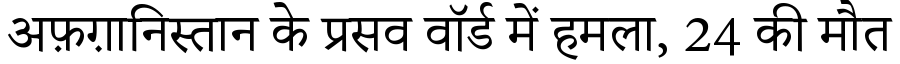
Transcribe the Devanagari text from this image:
अफ़ग़ानिस्तान के प्रसव वॉर्ड में हमला, 24 की मौत